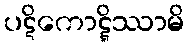
ပဋိကောဋ္ဋိဿာမိ